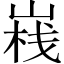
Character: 𡺄